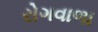
રોગવાળા